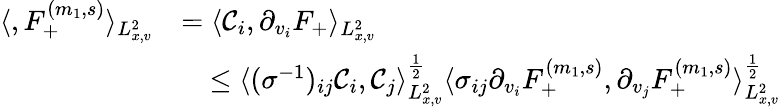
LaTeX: \begin{array}{rl}{\langle,F_{+}^{(m_{1},s)}\rangle_{L_{x,v}^{2}}}&{=\langle\mathcal C_{i},\partial_{v_{i}}F_{+}\rangle_{L_{x,v}^{2}}}\\ &{\quad\leq\langle(\sigma^{-1})_{ij}\mathcal C_{i},\mathcal C_{j}\rangle_{L_{x,v}^{2}}^{\frac{1}{2}}\langle\sigma_{ij}\partial_{v_{i}}F_{+}^{(m_{1},s)},\partial_{v_{j}}F_{+}^{(m_{1},s)}\rangle_{L_{x,v}^{2}}^{\frac{1}{2}}}\end{array}